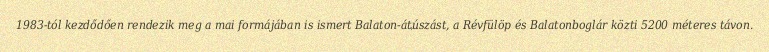
1983-tól kezdődően rendezik meg a mai formájában is ismert Balaton-átúszást, a Révfülöp és Balatonboglár közti 5200 méteres távon.